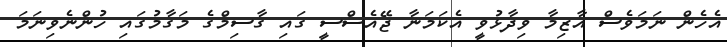
އެހެން ނަމަވެސް އާޒިމާ ވިދާޅުވީ އެކަމަނާ ޖޭއެސްސީ ގައި ގާސިމްގެ މަގާމުގައި ހުންނެވިނަމަ